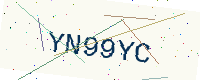
Text: YN99YC